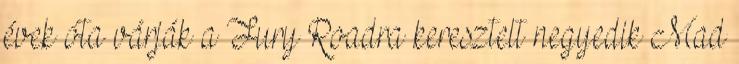
évek óta várják a Fury Roadra keresztelt negyedik Mad